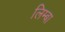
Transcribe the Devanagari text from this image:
लिम्बा